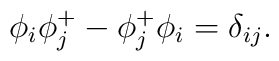
\phi_{i}\phi_{j}^{+}-\phi_{j}^{+}\phi_{i}=\delta_{ij}.